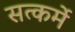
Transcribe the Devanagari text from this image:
सत्कर्मे